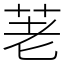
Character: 荖